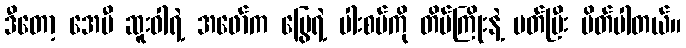
ဒီတော့ အေမီ ဆူးဝါရဲ့ အဖော်က မြွေရဲ့ ပါးစပ်ကို တိပ်ကြိုးနဲ့ ပတ်ပြီး ပိတ်ပါတယ်။